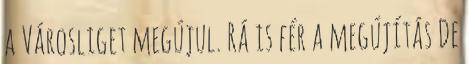
a Városliget megújul. Rá is fér a megújítás De